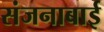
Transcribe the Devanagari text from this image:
संजनाबाई